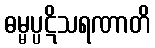
ဓမ္မပ္ပဋိသရဏာတိ